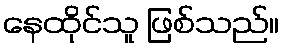
နေထိုင်သူ ဖြစ်သည်။